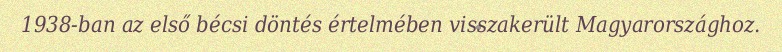
1938-ban az első bécsi döntés értelmében visszakerült Magyarországhoz.